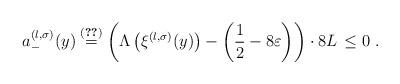
LaTeX: \begin{align*} a^{(l, \sigma)}_-(y) \stackrel{\eqref{eq:thmaboutrelationbetweenboxdimensionandRokhlindimension-aminus}}{ =} \left( \Lambda \left( \xi^{(l, \sigma)} (y) \right) - \left( \frac{1}{2} - 8\varepsilon \right) \right) \cdot 8L \, \leq 0 \; . \\ \end{align*}